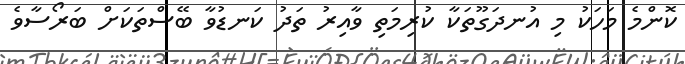
ކޮންމެ މަހަކު މި އުނދަގޫތަކާ ކުރިމަތި ވާއިރު ތަދު ކަނޑުވާ ބޭސްތަކަށް ބަރޯސާވެ